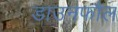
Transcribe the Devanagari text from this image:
डाउनफौल